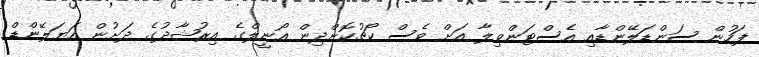
ފަހުން ސަންޑަލޭންޑާއި އެސްޓަންވިލާ އަށް ވެސް ކޯޗުކޮށްދިން އޯނީލްގެ އިރުޝާދުގެ ދަށުން އަޔަލޭންޑް